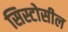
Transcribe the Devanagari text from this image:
सिस्टोसील